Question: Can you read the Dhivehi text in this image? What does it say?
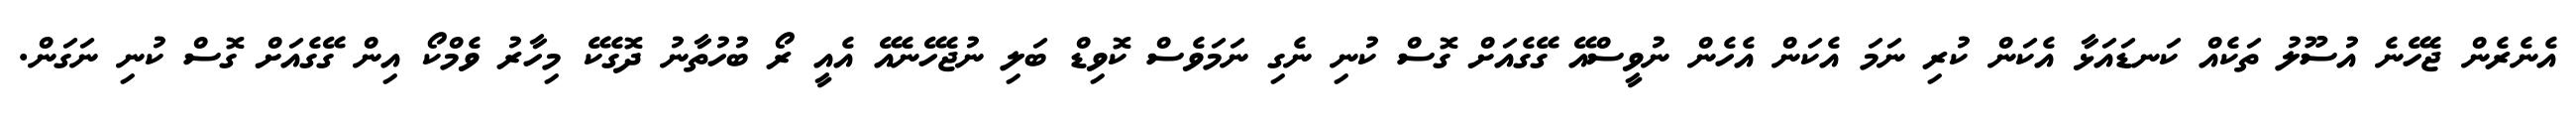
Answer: އެނެރެން ޖެހޭނެ އުސޫލު ތަކެއް ކަނޑައަޅާ އެކަން ކުރި ނަމަ އެކަން އެހެން ނުވީސްއޭ ގޭގެއަށް ގޮސް ކުނި ނެގި ނަމަވެސް ކޮވިޑް ބަލި ނުޖެހޭނެއޭ އެއީ ރޯ ބުހުތާނު ދޮގެކޭ މިހާރު ވެމްކޯ އިން ގޭގެއަށް ގޮސް ކުނި ނަގަން.